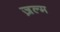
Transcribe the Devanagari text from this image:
ज़ल्म